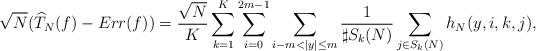
LaTeX: \begin{align*}\sqrt{N}(\widehat{T}_N(f)-Err(f))=\dfrac{\sqrt{N}}{K}\sum_{k=1}^K\sum_{i=0}^{2m-1}\sum_{i-m<|y|\le m}\dfrac{1}{\sharp S_k(N)}\sum_{j\in S_k(N)}h_N(y,i,k,j),\end{align*}